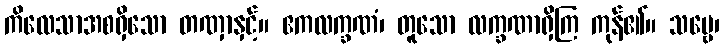
ကိလေသာအစရှိသော တဏှာနှင့်။ ဧကလက္ခဏံ၊ တူသော လက္ခဏာရှိကြ ကုန်၏။ သဗ္ဗေ၊